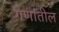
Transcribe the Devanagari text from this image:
गणांतील